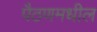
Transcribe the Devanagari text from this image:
पैठणमधील